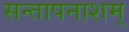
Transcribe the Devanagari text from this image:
सन्तापनाशम्